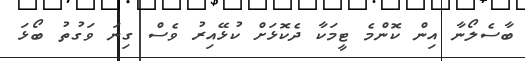
ބާސެލޯނާ އިން ކޮންމެ ޓީމަކާ ދެކޮޅަށް ކުޅޭއިރު ވެސް ގިނަ ވަގުތު ބޯޅަ